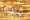
معلقا